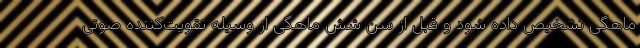
ماهگی تشخیص داده شود و قبل از سن شش ماهگی از وسیله تقویت‌کننده صوتی